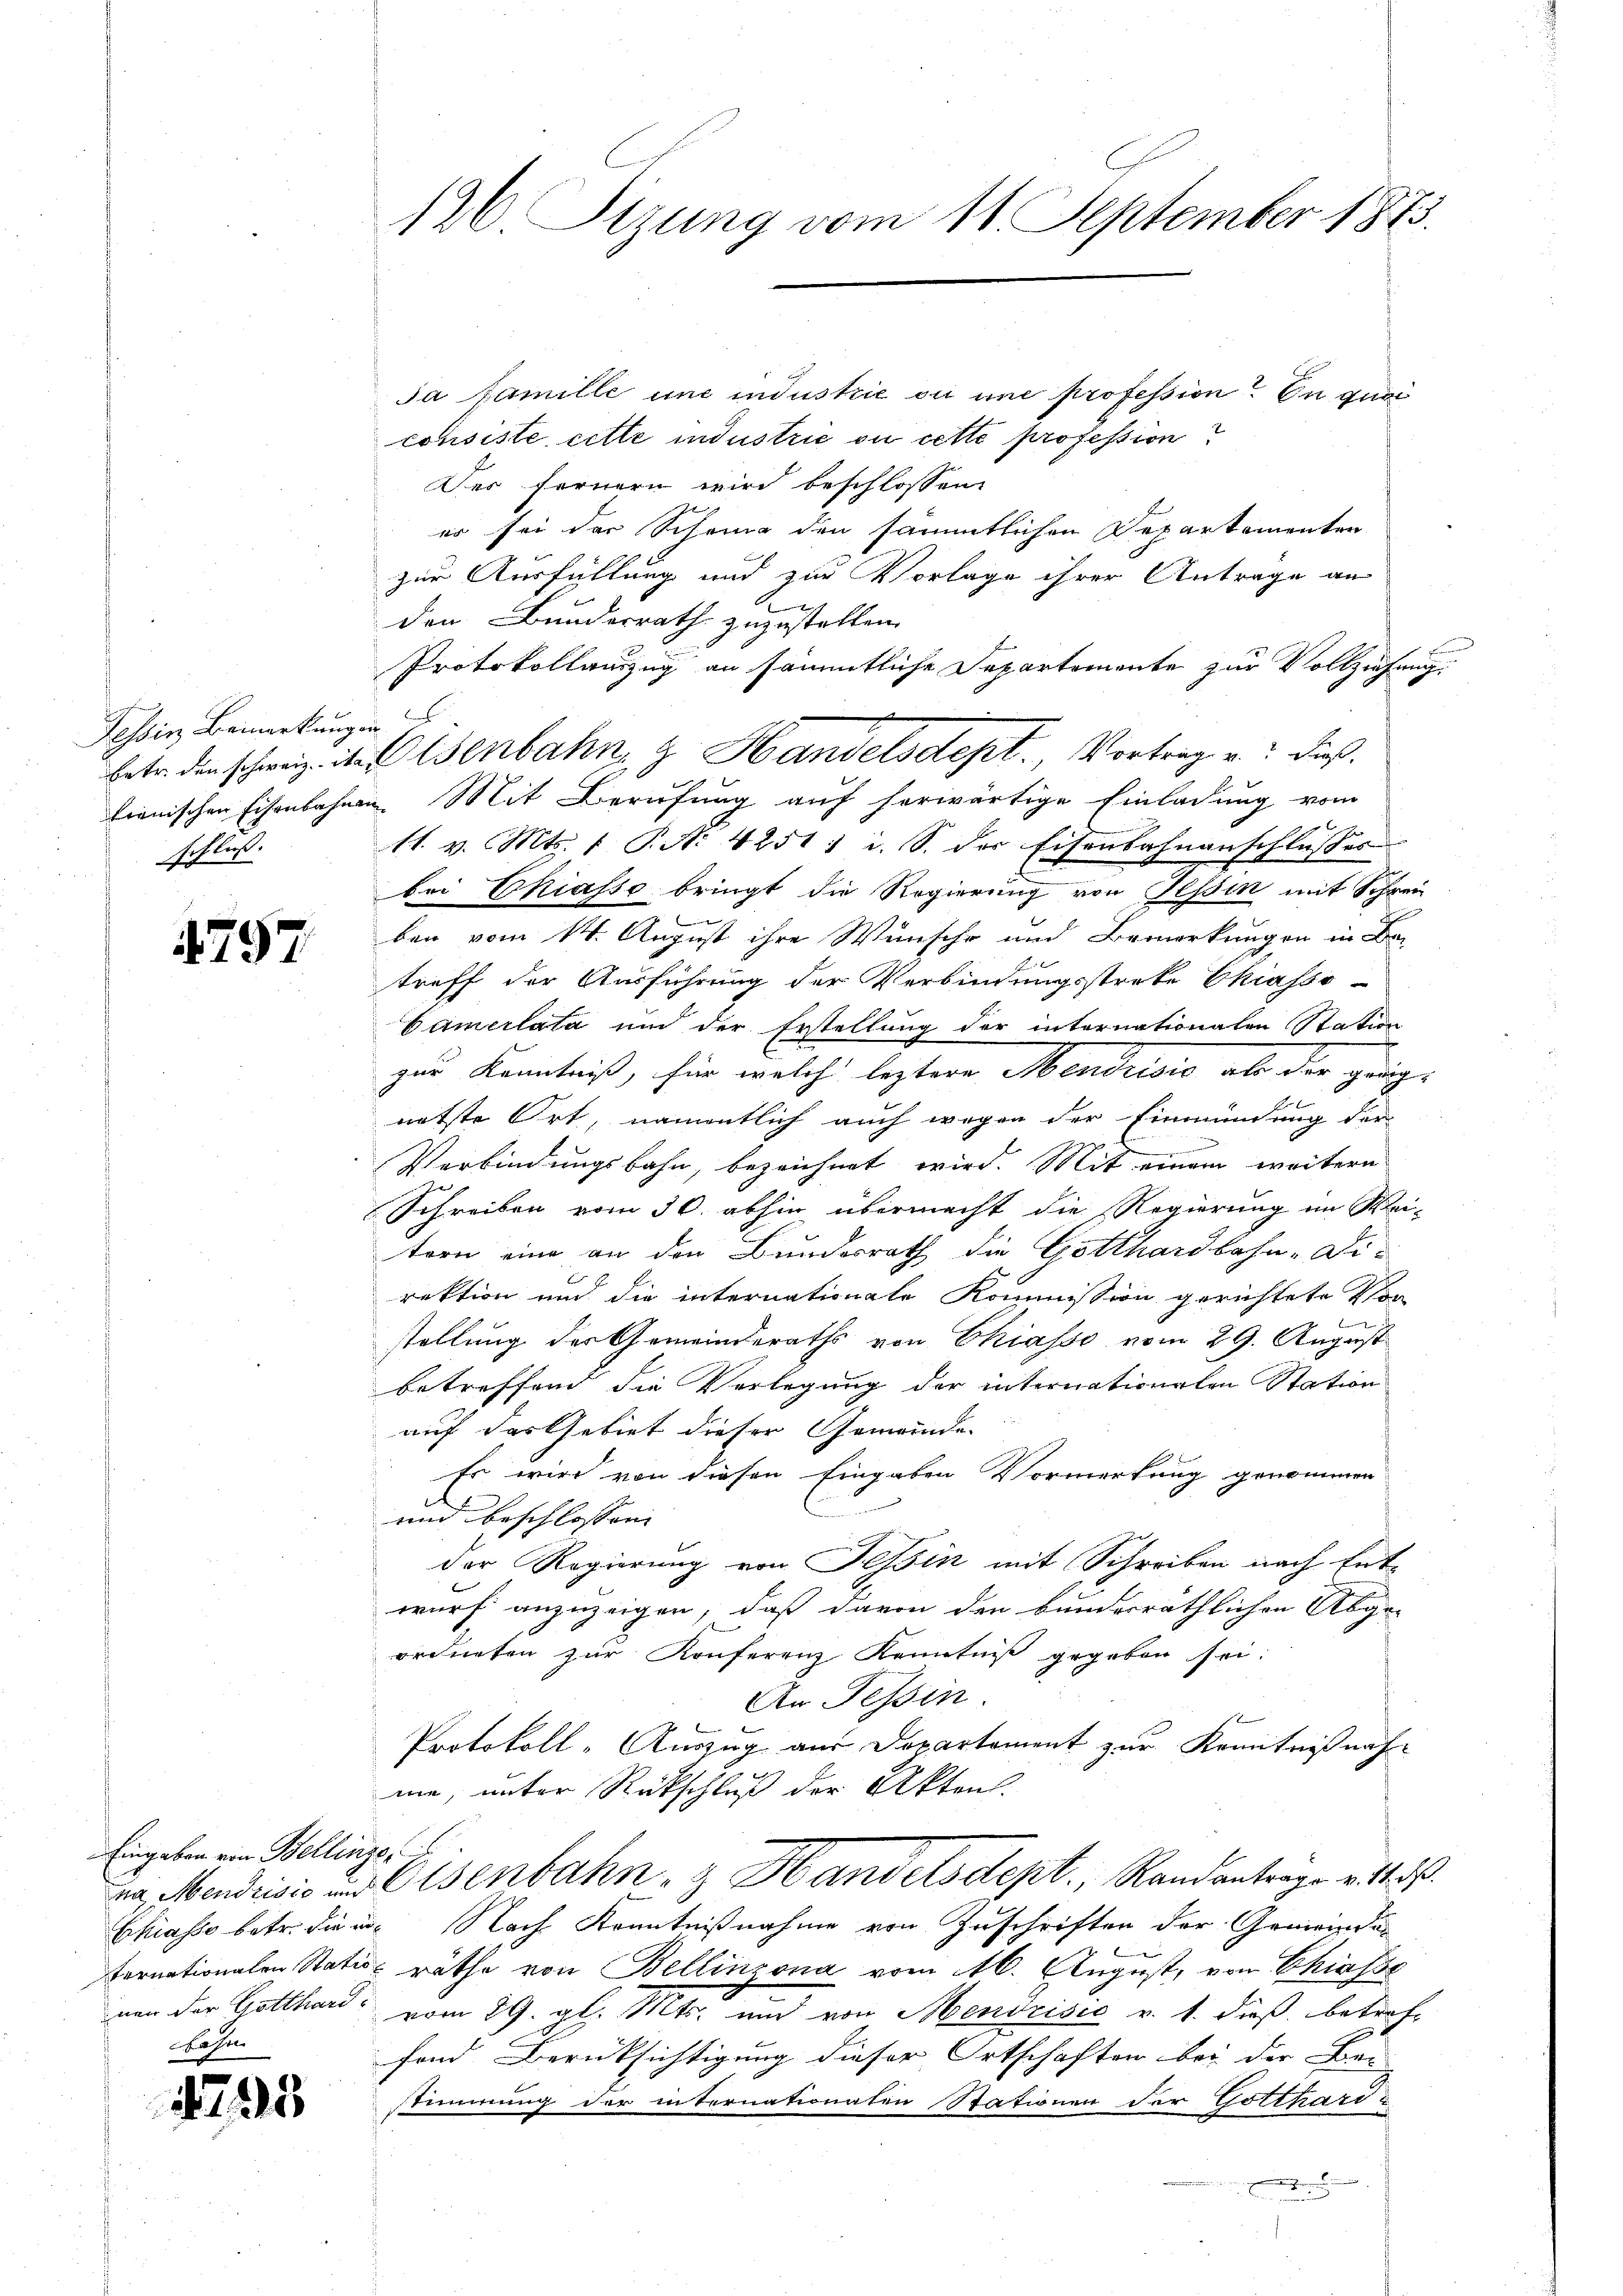
Tessin Bemerkungen
schluß.

1797.

Eingaben von Bellinzer
Hasen

4793

126. Sizung vom 11. September 1863.

da famille une industrie ou une profession? In qua
consiste, cette industrie ou cette profession
Des fernern wird beschlossen:
er sei der Schrung den sämmtlichen Departementen
zur Ausfüllung und zur Vorlage ihrer Antrage an
A
den Bundesrath zuzustellen.
Protokollanzug an sämmtliche Departemente zur Vollziehung.
lienischen Eisenbahnen Mit Berufung auf herwärtige Einladung vom
11. v. Mts. 1 P. Nr. 4251) i. S. der Eisenbahnanschlusses
bei Chiasso bringt die Regierung von Tessin mit Schrei
g
ben vom 14. August ihre Wünsche und Bemerkungen in Be-
treff der Ausführung der Verbindungsstreke Chiasso-
Camerlata und der Erstellung der internationalen Station
zur Kenntniß, für welche leztere Mendrisić als der gangnetste Ort, namentlich auch wegen der Einmündung der
e
Verbindungsbahn, bezeichnet wird. Mit einem weitern
Schreiben vom 30. abhin übermacht die Regierung im Wei-
tern eine an den Bundesrath die Gotthardbahn-Di-
rektion und die internationale Kommission gerichtete Vor-
i
stellung der Gemeinderaths von Chiasso vom 29. August
betreffend die Verlegung der internationalen Station
auf das Gebiet dieser Gemeinde-
Es wird von diesen Eingaben Vormerkung genommen
und beschlossen:
der Regierung von Tessin mit Schreiben nach Ent-
wurf anzuzeigen, daß davon den bunderräthlichen Abge-
ordneten zŭr Konferenz Kenntniß gegeben sei:
An Tessin.
Protokoll-Auszug aus Departement zur Kenntnißnahme, unter Rückschluß der Akten.
as Mendrisis an Eisenbahn- & Handelsdept., Randantrage v. M.
Chiasso betr. die in Nach Kenntnißnahme von Zuschriften der Gemeinde
fernationalen Station räthe von Bellinzona vom 16. August, von Chiasse
ner der Gotthard vom 29. gl. Mts. und von Mendrisić v. 1. dieß betroffond Berücksichtigung dieser Ortschaften bei der Bei- |
stimmung der internationaten Stationen der Gotthard u
e

betr. den schweiz. ist Osenbahn & Handelsdept., Vortrag u. dieß¬

E